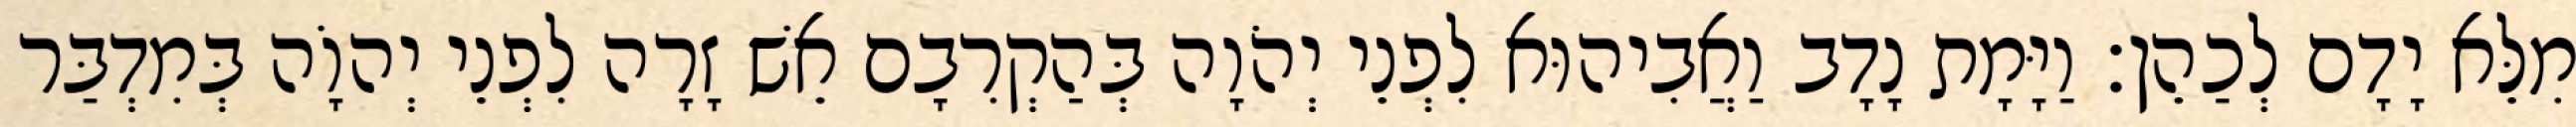
מִלֵּא יָדָם לְכַהֵן׃ וַיָּמָת נָדָב וַאֲבִיהוּא לִפְנֵי יְהֹוָה בְּהַקְרִבָם אֵשׁ זָרָה לִפְנֵי יְהוָֹה בְּמִדְבַּר